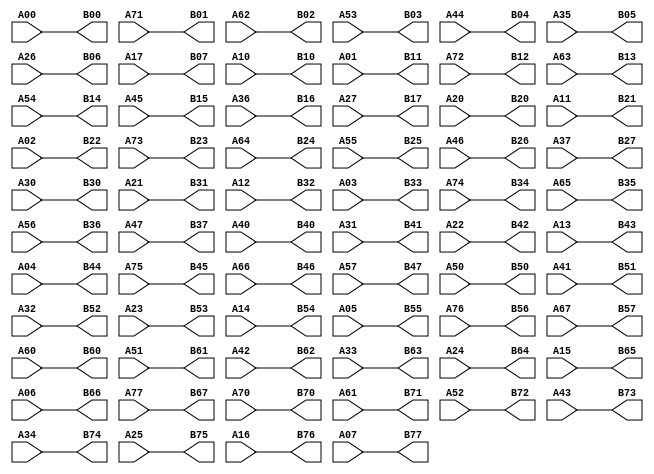
module WHIRLPOOL_WCIPHER_PI (
    output [7:0] B00, B01, B02, B03, B04, B05, B06, B07,
                 B10, B11, B12, B13, B14, B15, B16, B17,
                 B20, B21, B22, B23, B24, B25, B26, B27,
                 B30, B31, B32, B33, B34, B35, B36, B37,
                 B40, B41, B42, B43, B44, B45, B46, B47,
                 B50, B51, B52, B53, B54, B55, B56, B57,
                 B60, B61, B62, B63, B64, B65, B66, B67,
                 B70, B71, B72, B73, B74, B75, B76, B77,
     input [7:0] A00, A01, A02, A03, A04, A05, A06, A07,
                 A10, A11, A12, A13, A14, A15, A16, A17,
                 A20, A21, A22, A23, A24, A25, A26, A27,
                 A30, A31, A32, A33, A34, A35, A36, A37,
                 A40, A41, A42, A43, A44, A45, A46, A47,
                 A50, A51, A52, A53, A54, A55, A56, A57,
                 A60, A61, A62, A63, A64, A65, A66, A67,
                 A70, A71, A72, A73, A74, A75, A76, A77
    );

//---------combinational processes----------
    // shift column 0 downward by 0 positions
    assign B00 = A00;
    assign B10 = A10;
    assign B20 = A20;
    assign B30 = A30;
    assign B40 = A40;
    assign B50 = A50;
    assign B60 = A60;
    assign B70 = A70;

    // shift column 1 downward by 1 positions
    assign B01 = A71;
    assign B11 = A01;
    assign B21 = A11;
    assign B31 = A21;
    assign B41 = A31;
    assign B51 = A41;
    assign B61 = A51;
    assign B71 = A61;

    // shift column 2 downward by 2 positions
    assign B02 = A62;
    assign B12 = A72;
    assign B22 = A02;
    assign B32 = A12;
    assign B42 = A22;
    assign B52 = A32;
    assign B62 = A42;
    assign B72 = A52;

    // shift column 3 downward by 3 positions
    assign B03 = A53;
    assign B13 = A63;
    assign B23 = A73;
    assign B33 = A03;
    assign B43 = A13;
    assign B53 = A23;
    assign B63 = A33;
    assign B73 = A43;

    // shift column 4 downward by 4 positions
    assign B04 = A44;
    assign B14 = A54;
    assign B24 = A64;
    assign B34 = A74;
    assign B44 = A04;
    assign B54 = A14;
    assign B64 = A24;
    assign B74 = A34;

    // shift column 5 downward by 5 positions
    assign B05 = A35;
    assign B15 = A45;
    assign B25 = A55;
    assign B35 = A65;
    assign B45 = A75;
    assign B55 = A05;
    assign B65 = A15;
    assign B75 = A25;

    // shift column 6 downward by 6 positions
    assign B06 = A26;
    assign B16 = A36;
    assign B26 = A46;
    assign B36 = A56;
    assign B46 = A66;
    assign B56 = A76;
    assign B66 = A06;
    assign B76 = A16;

    // shift column 7 downward by 7 positions
    assign B07 = A17;
    assign B17 = A27;
    assign B27 = A37;
    assign B37 = A47;
    assign B47 = A57;
    assign B57 = A67;
    assign B67 = A77;
    assign B77 = A07;

endmodule